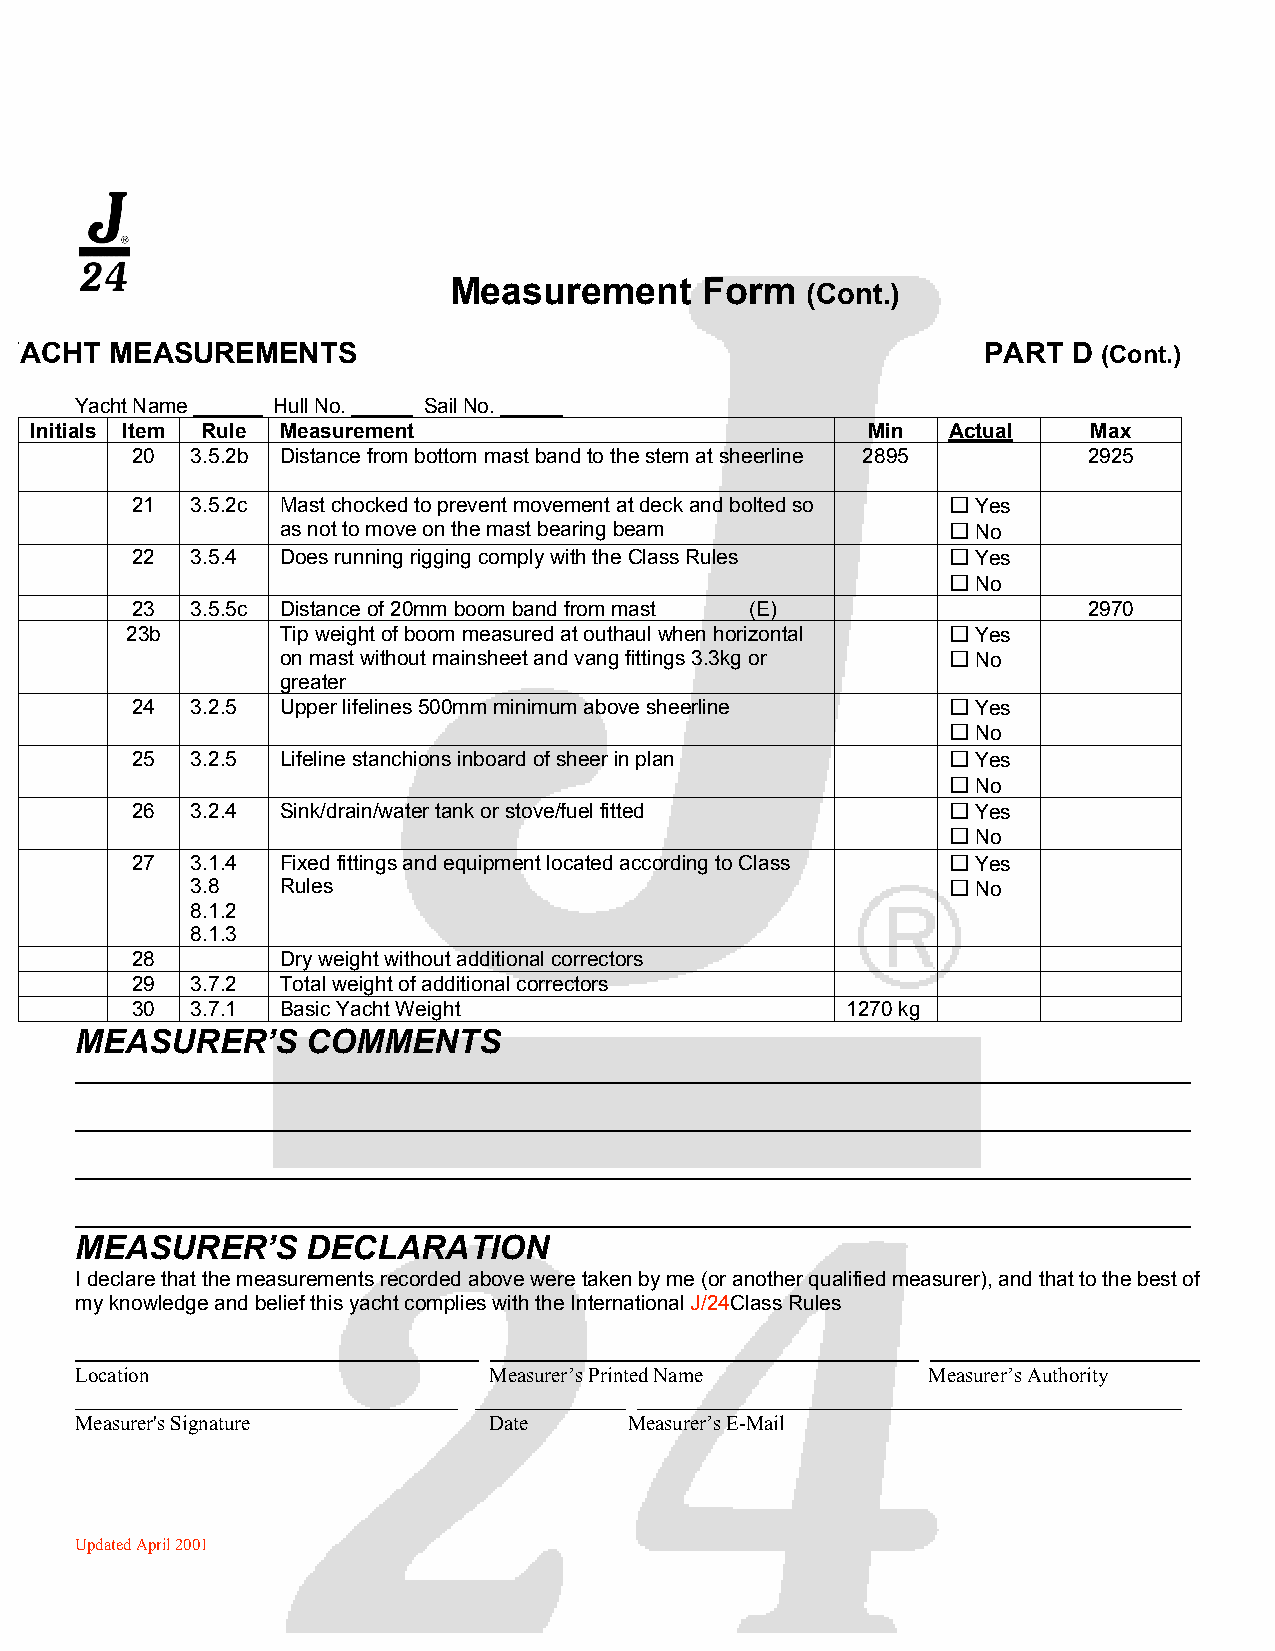
Measurement     Form
 (Cont.)
 YACHT  MEASUREMENTS                                              PART  D (Cont.)
 Yacht Name   Hull No.  Sail No.
 Initials Item Rule Measurement                         Min   Actual   Max
 20  3.5.2b Distance from bottom mast band to the stem at sheerline 2895 2925
 21  3.5.2c Mast chocked to prevent movement at deck and bolted so  Yes
 as not to move on the mast bearing beam      No
 22  3.5.4 Does running rigging comply with the Class Rules  Yes
  No
 23  3.5.5c Distance of 20mm boom band from mast (E)            2970
 23b        Tip weight of boom measured at outhaul when horizontal  Yes
 on mast without mainsheet and vang fittings 3.3kg or  No
 greater
 24  3.2.5 Upper lifelines 500mm minimum above sheerline  Yes
  No
 25  3.2.5 Lifeline stanchions inboard of sheer in plan  Yes
  No
 26  3.2.4 Sink/drain/water tank or stove/fuel fitted   Yes
  No
 27  3.1.4 Fixed fittings and equipment located according to Class  Yes
 3.8   Rules                                        No
 8.1.2
 8.1.3
 28        Dry weight without additional correctors
 29  3.7.2 Total weight of additional correctors
 30  3.7.1 Basic Yacht Weight                   1270 kg
 MEASURER’S     COMMENTS
 MEASURER’S     DECLARATION
 I declare that the measurements recorded above were taken by me (or another qualified measurer), and that to the best of
 my knowledge and belief this yacht complies with the International J/24Class Rules
 Location                   Measurer’s Printed Name      Measurer’s Authority
 _________________________________ _____________ _______________________________________________
 Measurer's Signature       Date      Measurer’s E-Mail
 Updated April 2001
 54